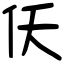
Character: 仸